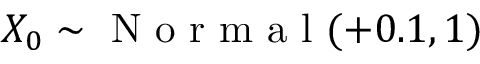
X _ { 0 } \sim \mathrm { ~ N ~ o ~ r ~ m ~ a ~ l ~ } ( + 0 . 1 , 1 )